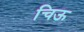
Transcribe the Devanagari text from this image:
चिऊ